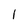
Character: 1